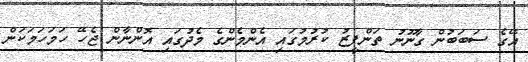
އޭގެ ސަބަބުން ގާނޫނު ތަންފީޒު ކުރުމުގައި އެންމެންގެ މެދުގައި އޮންނާން ޖެހޭ ހަމަހަމަކަން